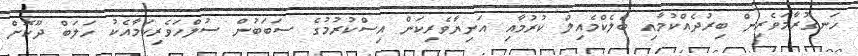
ހަނގުރާމަވެރިން ބިރުދެއްކުމާއި ބްލެކްމެއިލް ކުރުމާއި އަނިޔާވެރިކަން އިސްކުރުމުގެ ސަބަބުން ސުލްހަވެރިކަމާއެކު ހަލަބް ދޫކޮށް